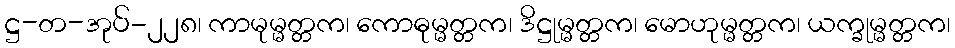
ဋ္ဌ-တ-အုပ်-၂၂၈၊ ကာမုမ္မတ္တက၊ ကောဓုမ္မတ္တက၊ ဒိဋ္ဌုမ္မတ္တက၊ မောဟုမ္မတ္တက၊ ယက္ခုမ္မတ္တက၊